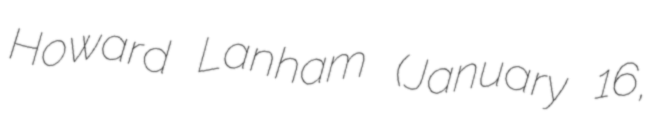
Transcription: Howard Lanham (January 16,